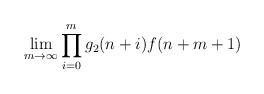
LaTeX: \begin{align*}\lim_{m \to \infty} \prod_{i=0}^{m} g_{2}(n + i) f(n + m + 1) \end{align*}